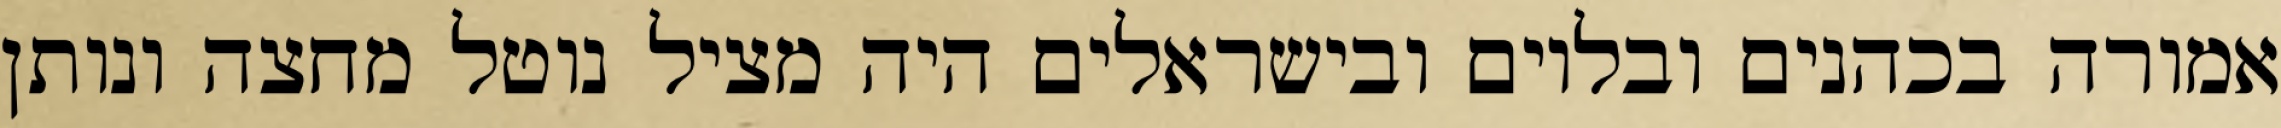
אמורה בכהנים ובלוים ובישראלים היה מציל נוטל מחצה ונותן